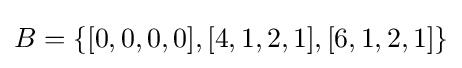
B=\{[0,0,0,0],[4,1,2,1],[6,1,2,1]\}